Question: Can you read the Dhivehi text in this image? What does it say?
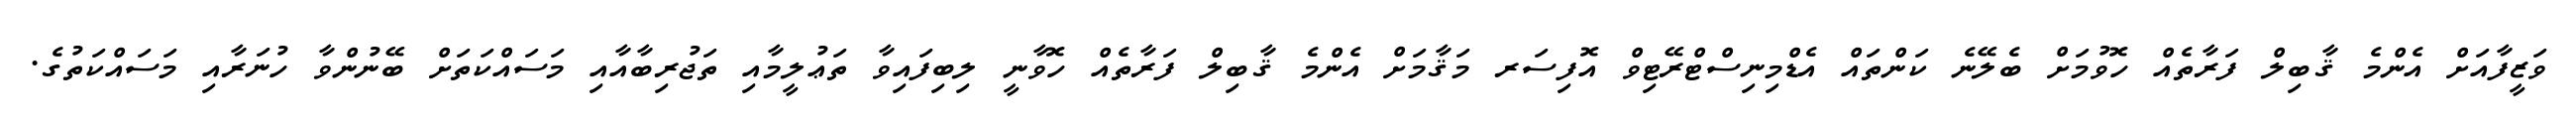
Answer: ވަޒީފާއަށް އެންމެ ޤާބިލް ފަރާތެއް ހޮވުމަށް ބެލޭނެ ކަންތައް އެޑްމިނިސްޓްރޭޓިވް އޮފިސަރ މަޤާމަށް އެންމެ ޤާބިލް ފަރާތެއް ހޮވާނީ ލިބިފައިވާ ތަޢުލީމާއި ތަޖުރިބާއާއި މަސައްކަތަށް ބޭނުންވާ ހުނަރާއި މަސައްކަތުގެ.